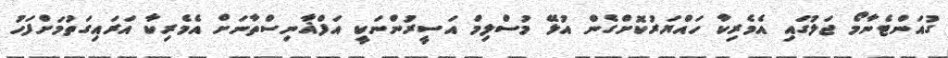
ގުއަންޓެނާމޯ ޖަލުގައި އެމެރިކާ ހައްޔަރުކޮށްގެން އުޅޭ މުސްލިމް އަސީރުންނަކީ އަފްޣާނިސްތާނަށް އެމެރިކާ އަރައިގަތުމަށްފަހު